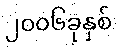
၂၀၀၆ခုနှစ်